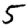
Digit: 5